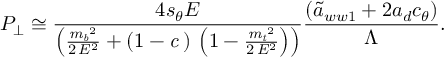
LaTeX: P _ { \perp } \; { \cong } \; { \frac { 4 s _ { \theta } E } { { \left( { \frac { { { { \it m _ { b } } } ^ { 2 } } } { 2 \, { E ^ { 2 } } } } + \left( 1 - { \it c _ { \theta } } \right) \, \left( 1 - { \frac { { { { \it m _ { t } } } ^ { 2 } } } { 2 \, { E ^ { 2 } } } } \right) \right) } } } { \frac { \left( { \tilde { a } } _ { w w 1 } + 2 a _ { d } c _ { \theta } \right) } { \Lambda } } . \nonumber